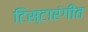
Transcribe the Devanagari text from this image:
टिस्टारंगीत